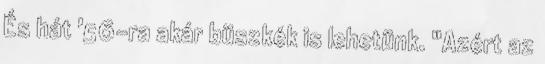
És hát '56-ra akár büszkék is lehetünk. "Azért az